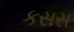
કસસ